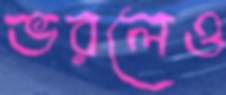
ভরলেও